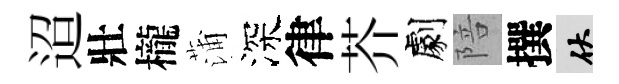
迢壯櫳蒲深律芥劇陪撰伏